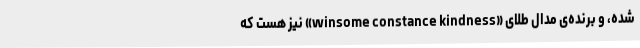
شده، و برنده‌ی مدال طلای «winsome constance kindness» نیز هست که